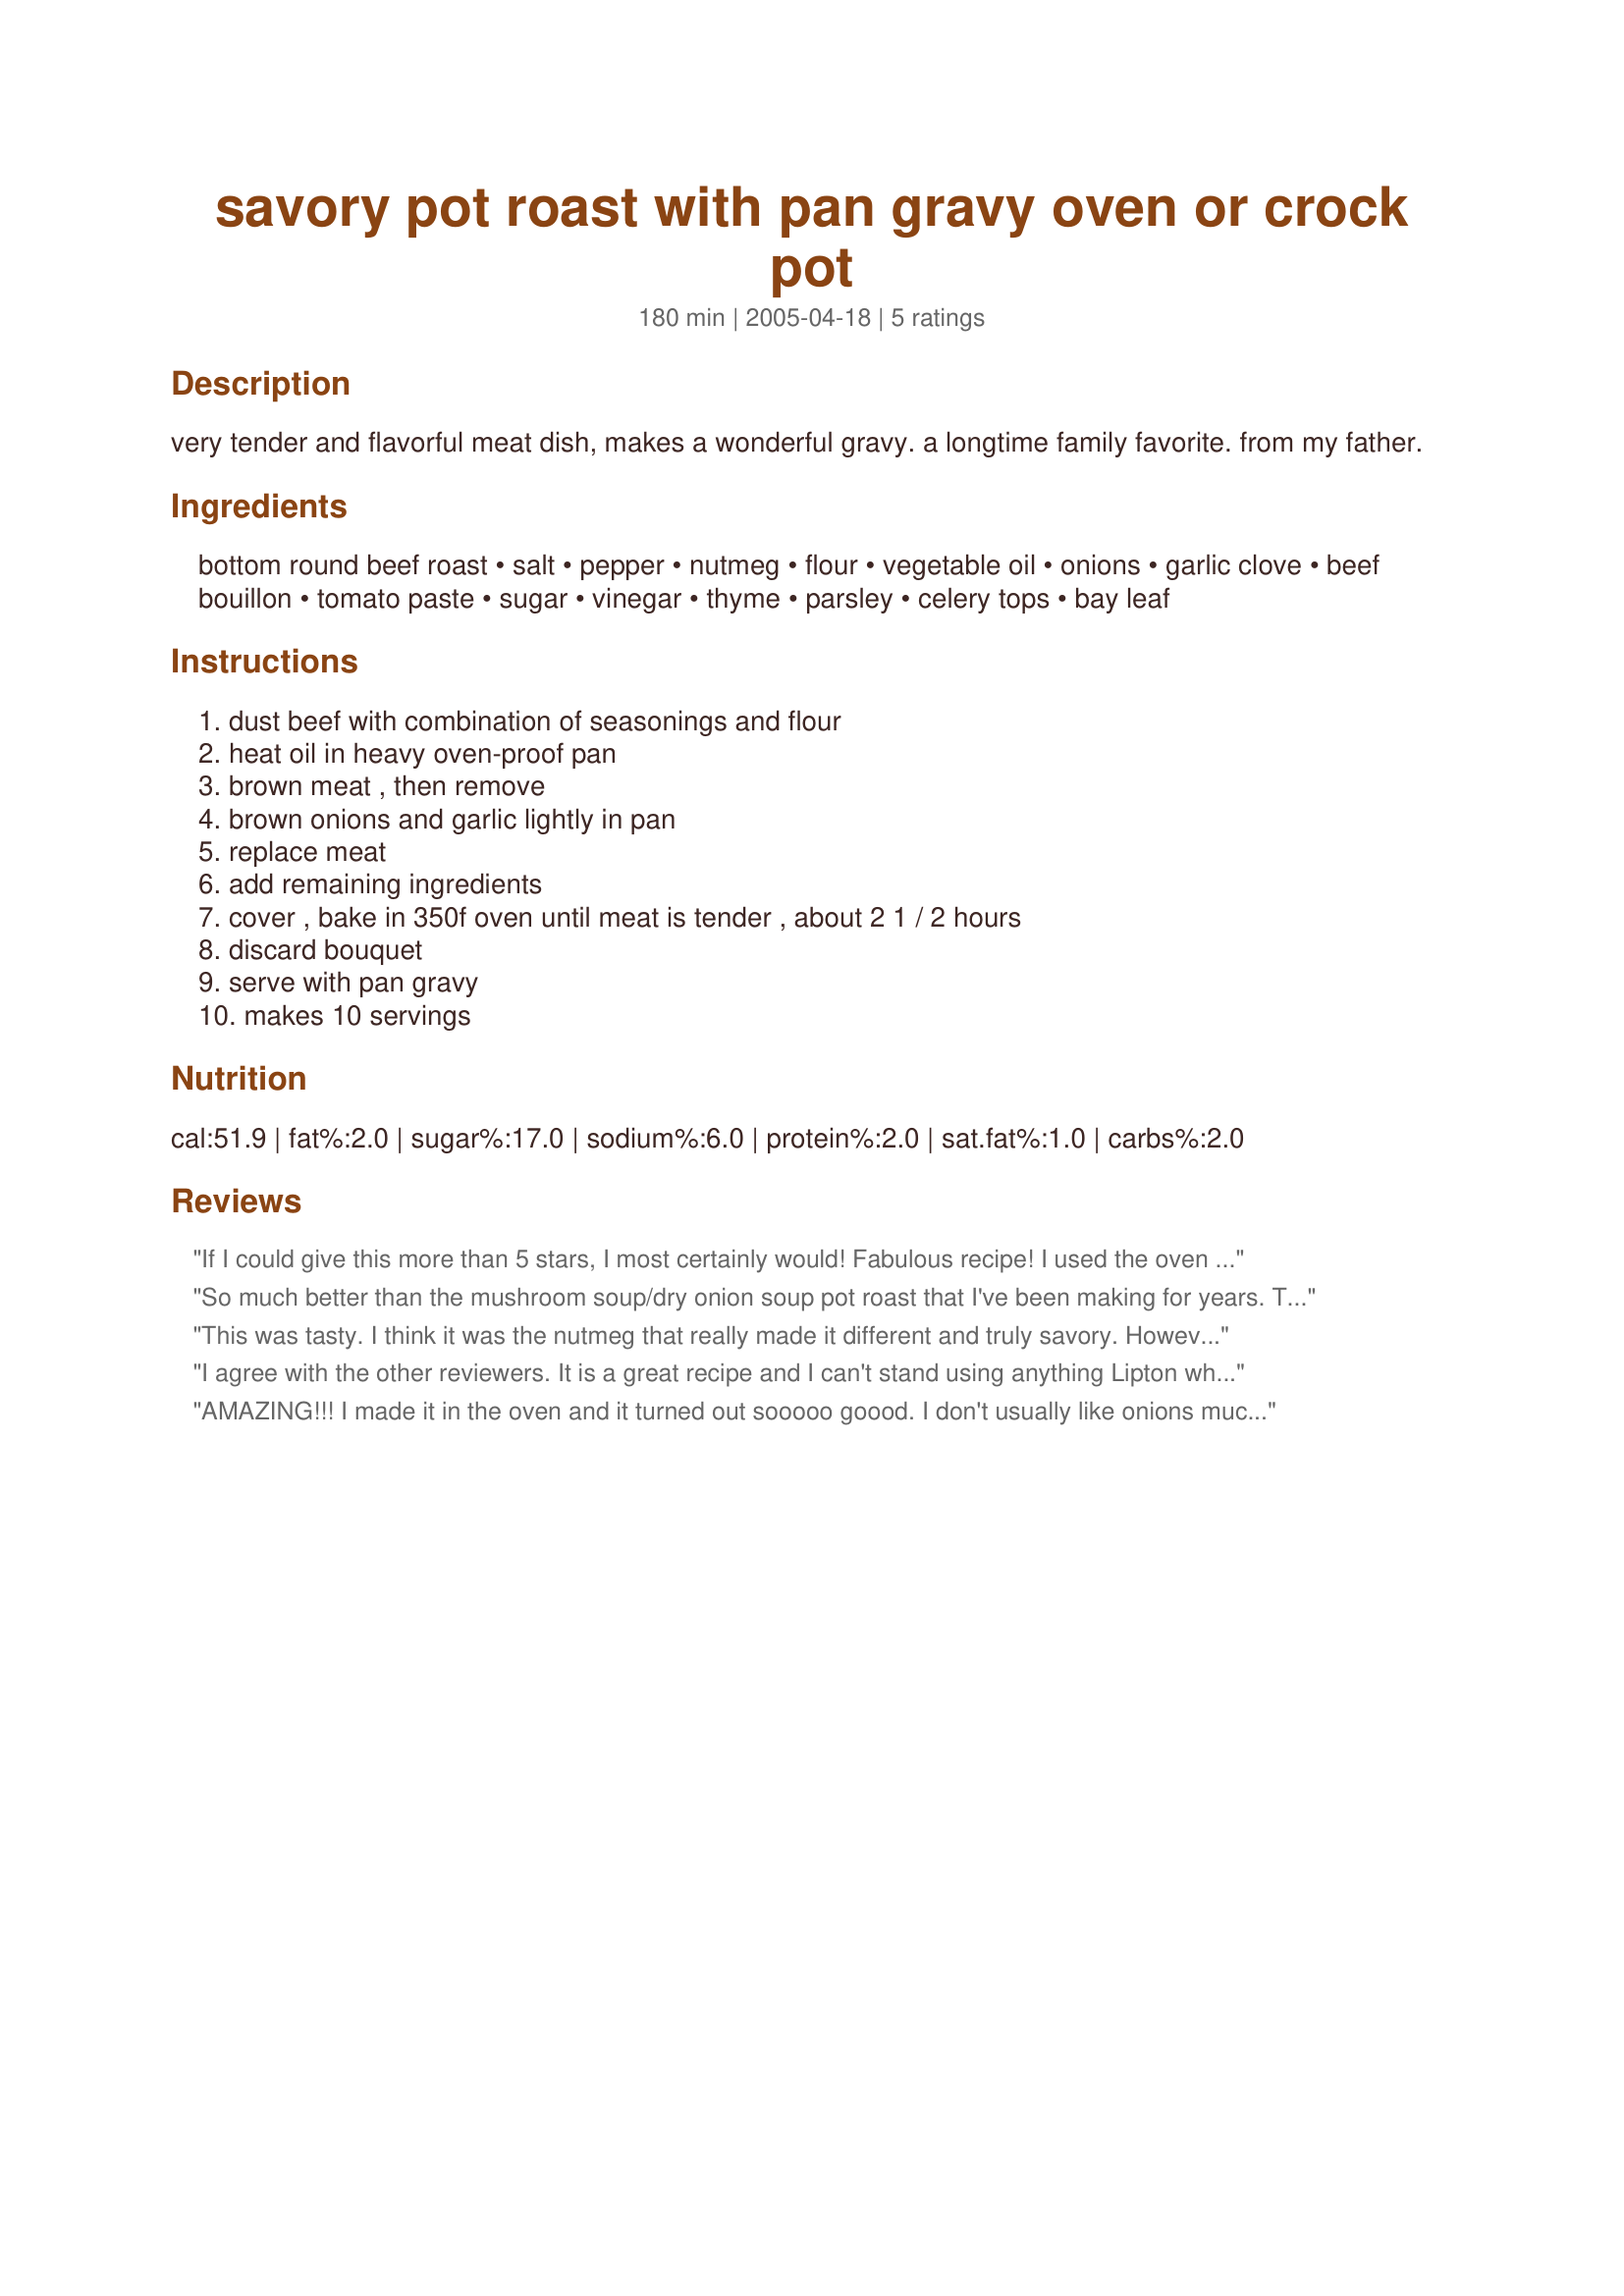
savory pot roast with pan gravy oven or crock pot
Preparation time: 180 minutes

very tender and flavorful meat dish, makes a wonderful gravy. a longtime family favorite. from my father.

Ingredients:
bottom round beef roast, salt, pepper, nutmeg, flour, vegetable oil, onions, garlic clove, beef bouillon, tomato paste, sugar, vinegar, thyme, parsley, celery tops, bay leaf

Steps:
dust beef with combination of seasonings and flour, heat oil in heavy oven-proof pan, brown meat , then remove, brown onions and garlic lightly in pan, replace meat, add remaining ingredients, cover , bake in 350f oven until meat is tender , about 2 1 / 2 hours, discard bouquet, serve with pan gravy, makes 10 servings

Reviews:
If I could give this more than 5 stars, I most certainly would! Fabulous recipe! I used the oven method, but only used 1 large onion as well as tying in fresh thyme into the herb bundle. The aroma was almost unbearable. Delicious! :)
So much better than the mushroom soup/dry onion soup pot roast that I've been making for years. This recipe seems healthier and has become our new favorite. I would give it 10 stars if I could.
This was tasty. I think it was the nutmeg that really made it different and truly savory. However, it was a tad on the salty side. In the future, I'll leave out the salt and use broth instead of bouillon. I also didn't have the fresh herbs or celery, so I used dried herbs and no celery tops. Still had a great flavor.
I agree with the other reviewers. It is a great recipe and I can't stand using anything Lipton when pulling most of these ingredients together on the fly is easy. It reminded me of the way my mom would have made it when I was younger 30 some years ago. I added potatoes and carrots and regular celery. I left out the nutmeg and added rosemary. What I liked most is that it wasn't overly salty (like Lipton seasonings), or overly tomato-ey or overly soy sauce flavored. It really just seemed to let the flavor of the beef come out.
AMAZING!!!

I made it in the oven and it turned out sooooo goood. I don't usually like onions much but they were delicious in the gravy. This is a recipe I will make over and over.. =)
